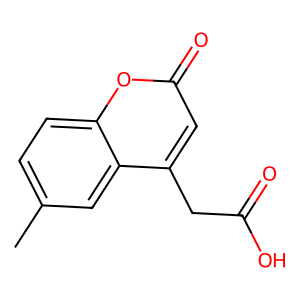
SMILES: Cc1ccc2oc(=O)cc(CC(=O)O)c2c1
Inhibits HIV replication: No